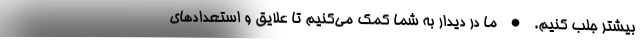
بیشتر جلب کنیم. • ما در دیدار به شما کمک می‌کنیم تا علایق و استعدادهای